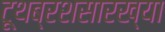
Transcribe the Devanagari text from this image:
टूथब्रशसारख्या